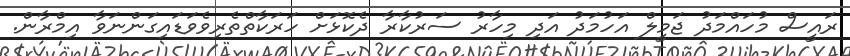
ރައީސް މުހައްމަދު ޖަމީލް އަހުމަދު އަދި މިހާރު ސަރުކާރާ ދެކޮޅަށް ހަރަކާތްތެރިވެވަޑައިގަންނަވާ އިމްރާން.